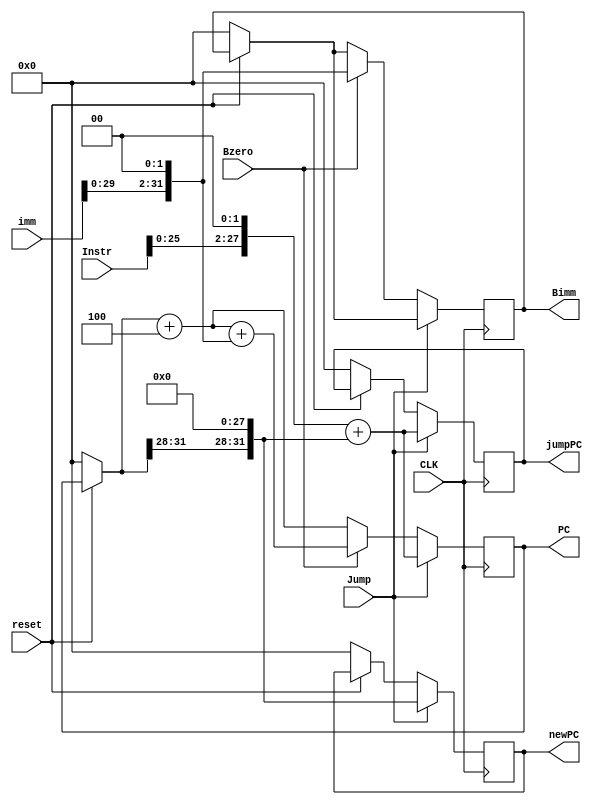
module imm_PC(CLK, reset, Instr, Jump, Bzero, imm, PC, jumpPC, newPC, Bimm);
   input CLK, reset, Jump, Bzero;
	input [31:0] Instr, imm;
	output reg [31:0] PC;
	
	output reg [31:0] jumpPC, newPC, Bimm;
	
	initial begin
	   PC = 0;
		jumpPC = 0;
		newPC = 0;
		Bimm = 0;
	end
	
	always @ (posedge CLK) begin
	   if (reset == 0) begin
		   PC = 0;
			jumpPC = 0;
			newPC = 0;
			Bimm = 0;
		end
		if (Jump == 1) begin
		   jumpPC = Instr;
			jumpPC = jumpPC << 6;
			jumpPC = jumpPC >> 4;
			newPC = PC;
			newPC = newPC >> 28;
			newPC = newPC << 28;
			jumpPC = jumpPC + newPC;
			PC = jumpPC;
		end
		else if (Bzero == 1) begin
		   PC = PC + 4;
			Bimm = imm;
			Bimm = Bimm << 2;
		   PC = PC + Bimm;
		end
		else begin
		   PC = PC + 4;
		end
	end
endmodule